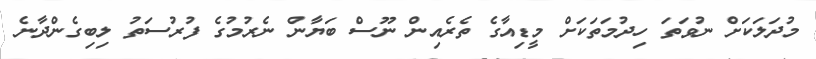
މުދަލަކަށް ނުވަތަ ހިދުމަތަކަށް މީޑިއާގެ ތެރެއިން ނޫސް ބަޔާން ނެރުމުގެ ފުރުސަތު ލިބިގެންދާނެ